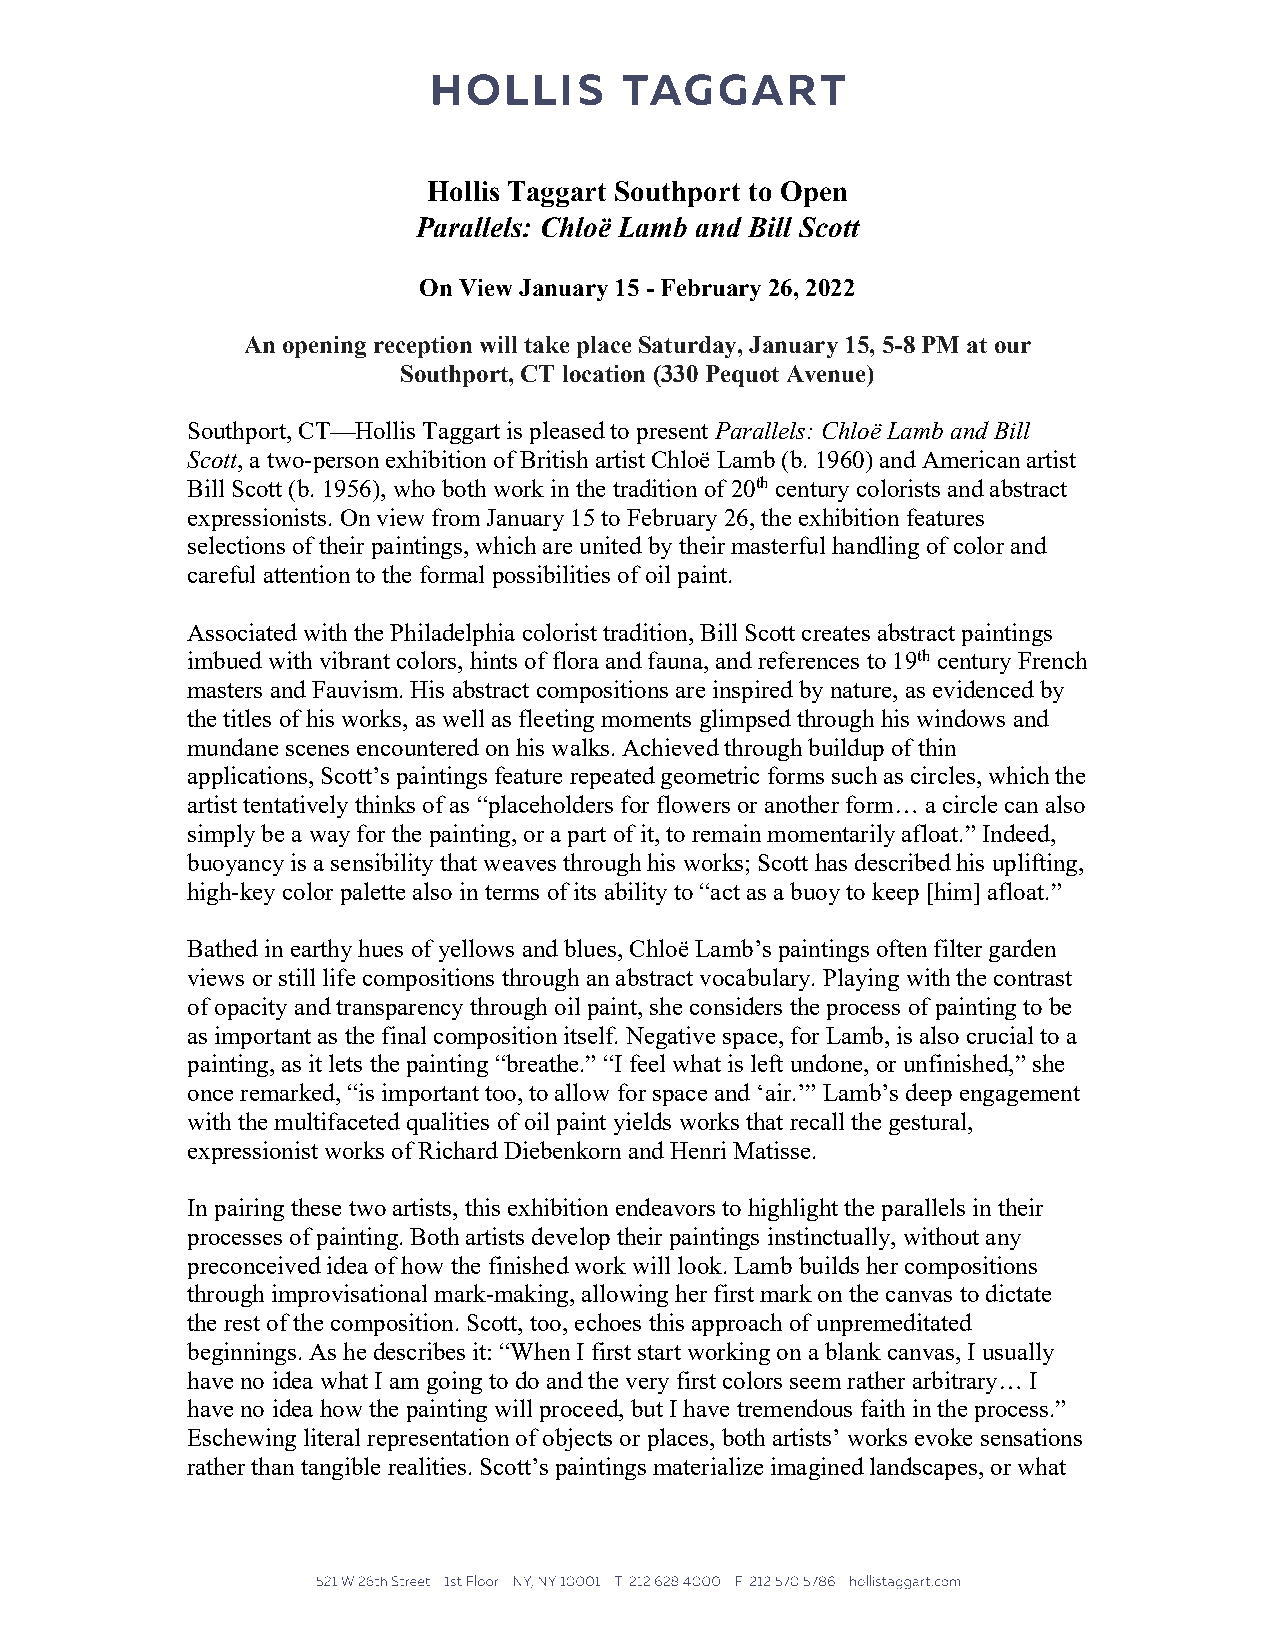
Hollis Taggart Southport to Open
 Parallels: Chloë Lamb and Bill Scott
 On View January 15 - February 26, 2022
 An opening reception will take place Saturday, January 15, 5-8 PM at our
 Southport, CT location (330 Pequot Avenue)
 Southport, CT––Hollis Taggart is pleased to present Parallels: Chloë Lamb and Bill
 Scott, a two-person exhibition of British artist Chloë Lamb (b. 1960) and American artist
 Bill Scott (b. 1956), who both work in the tradition of 20th century colorists and abstract
 expressionists. On view from January 15 to February 26, the exhibition features
 selections of their paintings, which are united by their masterful handling of color and
 careful attention to the formal possibilities of oil paint.
 Associated with the Philadelphia colorist tradition, Bill Scott creates abstract paintings
 imbued with vibrant colors, hints of flora and fauna, and references to 19th century French
 masters and Fauvism. His abstract compositions are inspired by nature, as evidenced by
 the titles of his works, as well as fleeting moments glimpsed through his windows and
 mundane scenes encountered on his walks. Achieved through buildup of thin
 applications, Scott’s paintings feature repeated geometric forms such as circles, which the
 artist tentatively thinks of as “placeholders for flowers or another form… a circle can also
 simply be a way for the painting, or a part of it, to remain momentarily afloat.” Indeed,
 buoyancy is a sensibility that weaves through his works; Scott has described his uplifting,
 high-key color palette also in terms of its ability to “act as a buoy to keep [him] afloat.”
 Bathed in earthy hues of yellows and blues, Chloë Lamb’s paintings often filter garden
 views or still life compositions through an abstract vocabulary. Playing with the contrast
 of opacity and transparency through oil paint, she considers the process of painting to be
 as important as the final composition itself. Negative space, for Lamb, is also crucial to a
 painting, as it lets the painting “breathe.” “I feel what is left undone, or unfinished,” she
 once remarked, “is important too, to allow for space and ‘air.’” Lamb’s deep engagement
 with the multifaceted qualities of oil paint yields works that recall the gestural,
 expressionist works of Richard Diebenkorn and Henri Matisse.
 In pairing these two artists, this exhibition endeavors to highlight the parallels in their
 processes of painting. Both artists develop their paintings instinctually, without any
 preconceived idea of how the finished work will look. Lamb builds her compositions
 through improvisational mark-making, allowing her first mark on the canvas to dictate
 the rest of the composition. Scott, too, echoes this approach of unpremeditated
 beginnings. As he describes it: “When I first start working on a blank canvas, I usually
 have no idea what I am going to do and the very first colors seem rather arbitrary… I
 have no idea how the painting will proceed, but I have tremendous faith in the process.”
 Eschewing literal representation of objects or places, both artists’ works evoke sensations
 rather than tangible realities. Scott’s paintings materialize imagined landscapes, or what